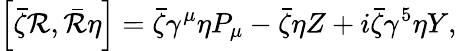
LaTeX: \left[\bar{\zeta}{\cal R},\bar{\cal R}\eta\right]=\bar{\zeta}\gamma^{\mu}\eta P_{\mu}-\bar{\zeta}\eta Z+i\bar{\zeta}\gamma^{5}\eta Y,